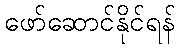
ဖော်ဆောင်နိုင်ရန်